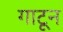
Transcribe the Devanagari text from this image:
गाटून